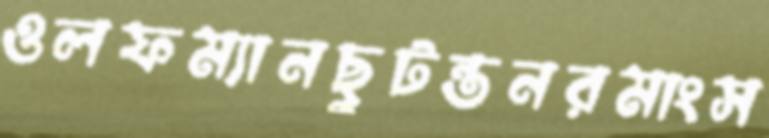
ওলফম্যানছুটন্তনরমাংস